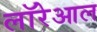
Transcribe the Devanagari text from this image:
लॉरेआल